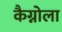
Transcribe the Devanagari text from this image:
कैग्नोला